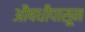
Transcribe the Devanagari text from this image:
औषधींपासून